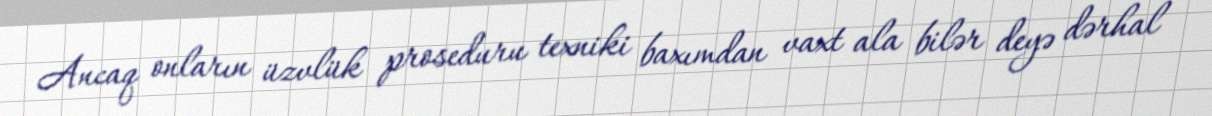
Ancaq onların üzvlük proseduru texniki baxımdan vaxt ala bilər deyə dərhal